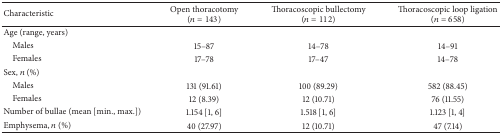
<table><thead><tr><td><b>Characteristic</b></td><td><b>Open thoracotomy(<i>n</i> = 143)</b></td><td><b>Thoracoscopic bullectomy (<i>n</i> = 112)</b></td><td><b>Thoracoscopic loop ligation (<i>n</i> = 658)</b></td></tr></thead><tbody><tr><td>Age (range, years)</td><td> </td><td> </td><td> </td></tr><tr><td> Males</td><td>15–87</td><td>14–78</td><td>14–91</td></tr><tr><td> Females</td><td>17–78</td><td>17–47</td><td>14–78</td></tr><tr><td>Sex, <i>n</i> (%)</td><td> </td><td> </td><td> </td></tr><tr><td> Males</td><td>131 (91.61)</td><td>100 (89.29)</td><td>582 (88.45)</td></tr><tr><td> Females</td><td>12 (8.39)</td><td>12 (10.71)</td><td>76 (11.55)</td></tr><tr><td>Number of bullae (mean [min., max.])</td><td>1.154 [1, 6]</td><td>1.518 [1, 6]</td><td>1.123 [1, 4]</td></tr><tr><td>Emphysema, <i>n</i> (%)</td><td>40 (27.97)</td><td>12 (10.71)</td><td>47 (7.14)</td></tr></tbody></table>